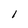
Character: l